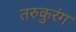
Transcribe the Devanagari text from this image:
तरुकुरंग